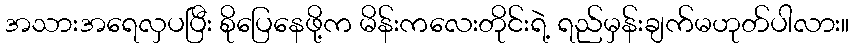
အသားအရေလှပပြီး စိုပြေနေဖို့က မိန်းကလေးတိုင်းရဲ့ ရည်မှန်းချက်မဟုတ်ပါလား။